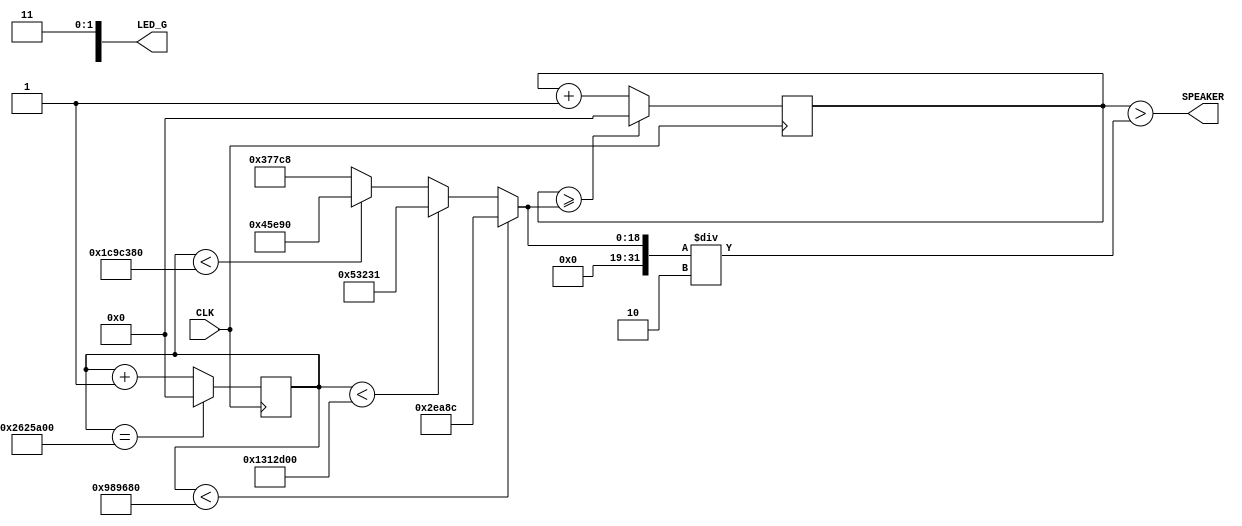
`define C3 382233
`define D3 340529
`define F3 286352
`define A3 227272


module arpeggiator (
input wire CLK, // 50MHz input clock
output wire SPEAKER,
output wire [7:0] LED_G
);

reg [31:0]cnt = 0;
reg [31:0]switchcnt = 0;
reg LEDfreq1 = 1;
reg LEDfreq2 = 1;

wire [31:0]pitch = switchcnt < 10000000 ? `C3/2
						: switchcnt < 20000000 ? `D3
						: switchcnt < 30000000 ? `F3
						: `A3;

always @(posedge CLK) begin
	if(cnt >= pitch)
		cnt <= 0;
	else
		cnt <= cnt+1;
		
	if(switchcnt == 40000000)
		switchcnt <= 0;
	else
		switchcnt <= switchcnt + 1;
end


assign SPEAKER = cnt > pitch/2;

assign LED_G[0] = LEDfreq1;
assign LED_G[1] = LEDfreq2;

endmodule